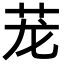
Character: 茏